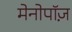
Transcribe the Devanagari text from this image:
मेनोपॉज़